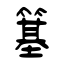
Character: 簊